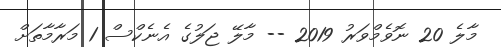
މާލެ 20 ނޮވެމްވަރު 2019 -- މާލޭ ޖަލުގެ އެނެކްސް 1 މަރާމާތަަށް